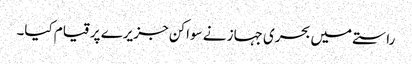
راستے میں بحری جہاز نے سواکن جزیرے پر قیام کیا۔